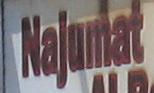
najumat